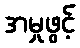
အမှုဖွင့်